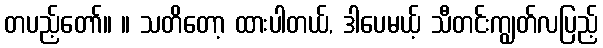
တပည့်တော်။ ။ သတိတော့ ထားပါတယ်, ဒါပေမယ့် သီတင်းကျွတ်လပြည့်